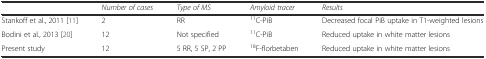
<table><thead><tr><td></td><td><b><i>Number of cases</i></b></td><td><b><i>Type of MS</i></b></td><td><b><i>Amyloid tracer</i></b></td><td><b><i>Results</i></b></td></tr></thead><tbody><tr><td>Stankoff et al., 2011 [11]</td><td>2</td><td>RR</td><td><sup>11</sup>C-PiB</td><td>Decreased focal PiB uptake in T1-weighted lesions</td></tr><tr><td>Bodini et al., 2013 [20]</td><td>12</td><td>Not specified</td><td><sup>11</sup>C-PiB</td><td>Reduced uptake in white matter lesions</td></tr><tr><td>Present study</td><td>12</td><td>5 RR, 5 SP, 2 PP</td><td><sup>18</sup>F-florbetaben</td><td>Reduced uptake in white matter lesions</td></tr></tbody></table>